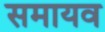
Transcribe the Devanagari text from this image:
समायव